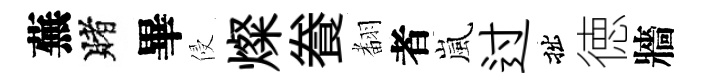
蕪賭畢侵燦飬𮋒者嵐过拙徳牆